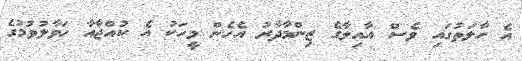
އެ ހާލަތުގައި ވެސް އާއިލާގެ ޒިންމާދާރު އެހެން މީހަކު އެ ކުއްޖާއާ ހަވާލުވުމުގެ